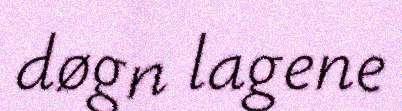
døgn lagene